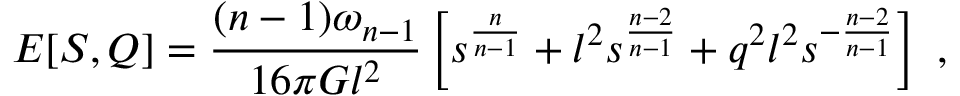
E [ S , Q ] = { \frac { ( n - 1 ) \omega _ { n - 1 } } { 1 6 \pi G l ^ { 2 } } } \left[ s ^ { \frac { n } { n - 1 } } + l ^ { 2 } s ^ { \frac { n - 2 } { n - 1 } } + q ^ { 2 } l ^ { 2 } s ^ { - { \frac { n - 2 } { n - 1 } } } \right] \ ,